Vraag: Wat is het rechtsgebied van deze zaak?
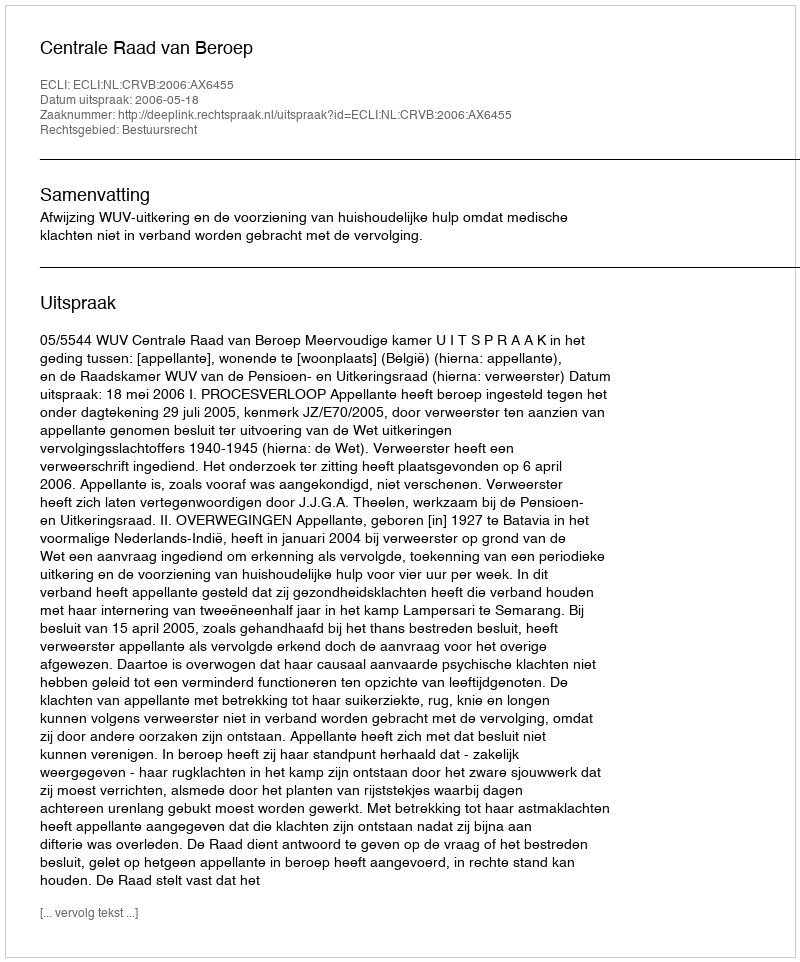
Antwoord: Bestuursrecht